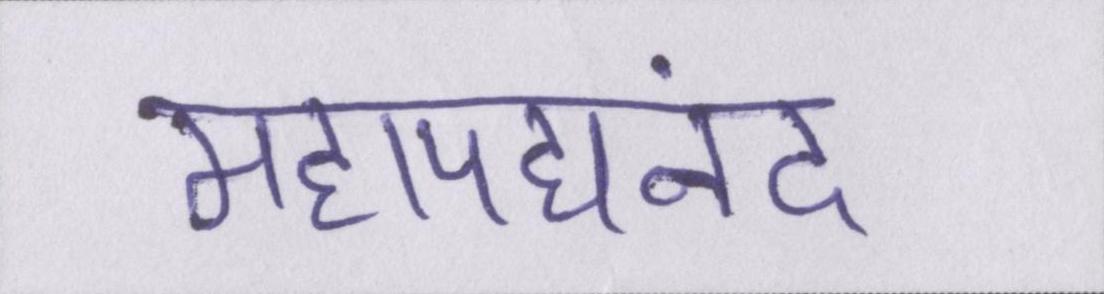
महापद्यनंद